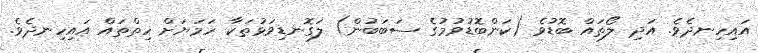
އައިހިނދެވެ. އަދި ލޯތައް ބޮޑުވެ (ކަންބޮޑުވުމުގެ ސަބަބުން) ލަގޮނޑިވަޅުތަކާ ހަމަޔަށް ހިތްތައް އައިހިނދެވެ.